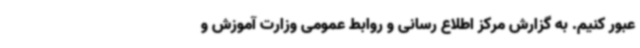
عبور کنیم. به گزارش مرکز اطلاع رسانی و روابط عمومی وزارت آموزش و